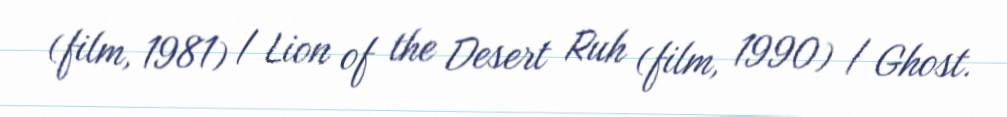
(film, 1981) / Lion of the Desert Ruh (film, 1990) / Ghost.